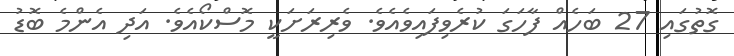
ގޮތުގައި 27 ބަހެއް ފާހަގަ ކުރެވިފައިވެއެވެ. ވެރިރަށަކީ މޮސްކޯއެވެ. އަދި އެންމެ ބޮޑު